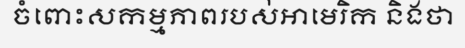
ចំពោះសកម្មភាពរបស់អាមេរិក និងថា